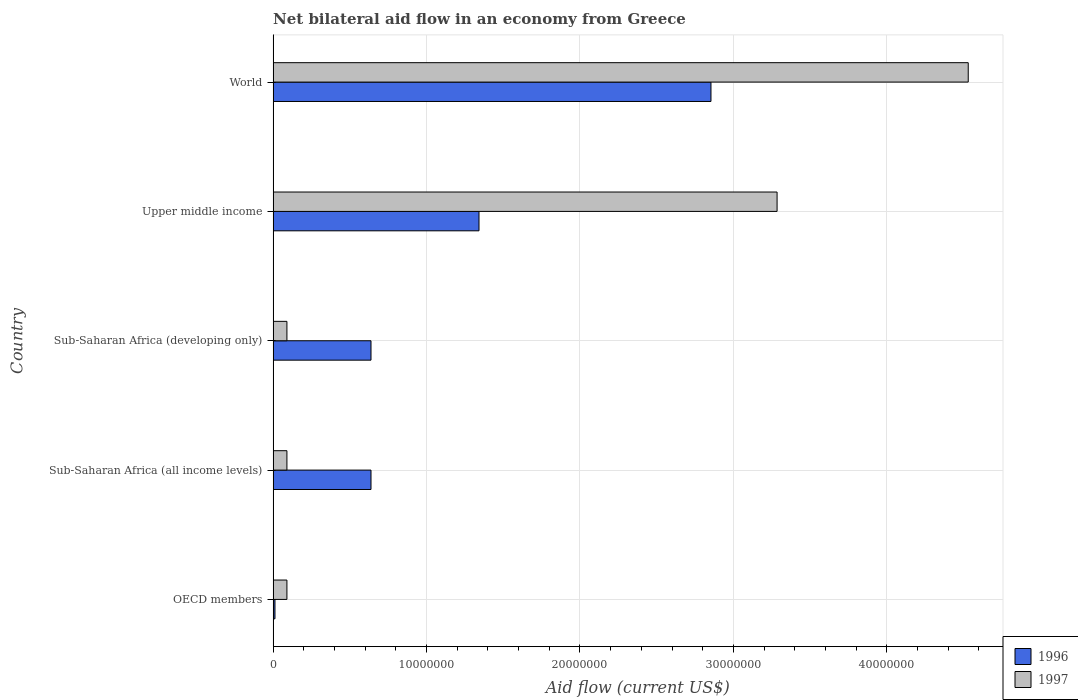
| Country | 1996 | 1997 |
 | --- | --- | --- |
 | OECD members | 1.2e+05 | 9e+05 |
 | Sub-Saharan Africa (all income levels) | 6.38e+06 | 9e+05 |
 | Sub-Saharan Africa (developing only) | 6.38e+06 | 9e+05 |
 | Upper middle income | 1.34e+07 | 3.28e+07 |
 | World | 2.85e+07 | 4.53e+07 |